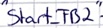
Text: "Start_FB2"